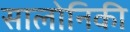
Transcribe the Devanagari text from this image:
सालोनिकी